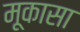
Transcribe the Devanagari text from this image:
मूकासा